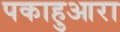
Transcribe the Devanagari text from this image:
पकाहुआरा